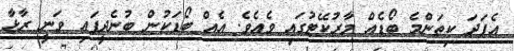
އެފަދަ ކިތަންމެ ބޯޑެއް މާރުކޭޓުގައި ވެއެވެ. އެއް ބޯޑަކުން ބުނެދީފައި ވަނީ ރާޅާ